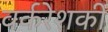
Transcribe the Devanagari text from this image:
वर्करेशकी